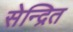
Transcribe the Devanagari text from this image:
सेन्द्रित